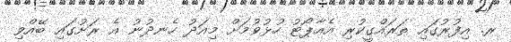
ރ. އިފުރުގައި ތަރައްގީކުރި އެއާޕޯޓު ހުޅުވުމަށް މިއަދު ހެނދުނު އެ ރަށުގައި ބޭއްވި